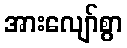
အားလျော်စွာ